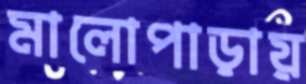
মালোপাড়ায়